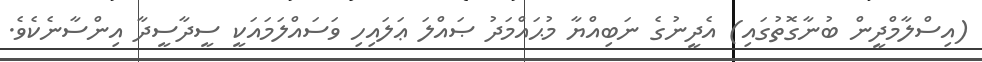
(އިސްލާމްދީން ބުނާގޮތުގައި) އެދީނުގެ ނަބިއްޔާ މުޙައްމަދު ޞައްލަ ޢަލައިހި ވަސައްލަމައަކީ ސީދާސީދާ އިންސާނެކެވެ.